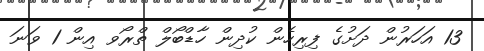
13 އަހަރުން ދަށުގެ ފިރިހެން ކުދިން ހާޑްބޯލް ތްރޯވ އިން 1 ވަނަ